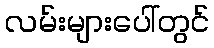
လမ်းများပေါ်တွင်